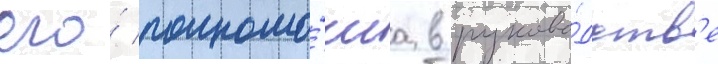
его́ полномо́чиа в руково́дств'е